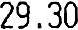
29.30